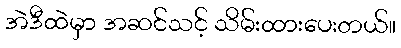
အဲဒီထဲမှာ အဆင်သင့် သိမ်းထားပေးတယ်။